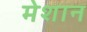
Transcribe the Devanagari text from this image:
मेशान